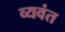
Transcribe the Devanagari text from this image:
व्यवंत